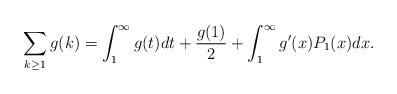
LaTeX: \begin{align*} \sum_{k\ge 1}g(k) = \int_1^\infty g(t)dt + \frac{g(1)}{2} + \int_1^\infty g'(x) P_1(x)dx.\end{align*}